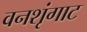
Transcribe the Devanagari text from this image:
वनशृंगाट